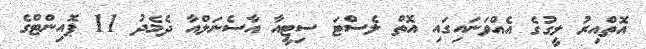
އޮތްއިރު ލީގުގެ އެއްވަނައިގައި އޮތް ލެސްޓަ ސިޓީއާ އާސެނަލްއާ ދެމެދު 11 ޕޮއިންޓްގެ